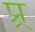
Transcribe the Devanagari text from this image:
प्र्र